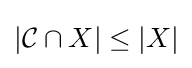
|{\mathcal {C}}\cap X|\leq |X|